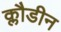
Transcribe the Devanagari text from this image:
क्लौडीन